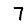
Digit: 7